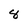
Character: 8